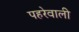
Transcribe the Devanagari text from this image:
पहरेवाली